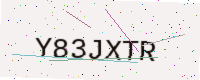
Text: Y83JXTR